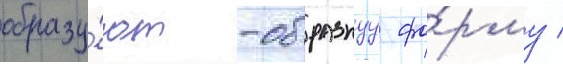
образу́ют -образнуу фо́рму /